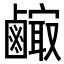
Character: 𪉼